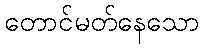
တောင်မတ်နေသော